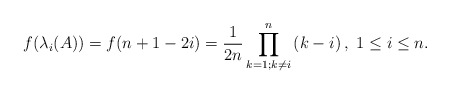
\begin{align*}f(\lambda_i(A))=f(n+1-2i)=\frac{1}{2n} \prod_{k=1 ; k \neq i}^{n}\left(k-i\right), \ 1\leq i\leq n. \end{align*}